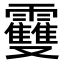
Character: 𩆿